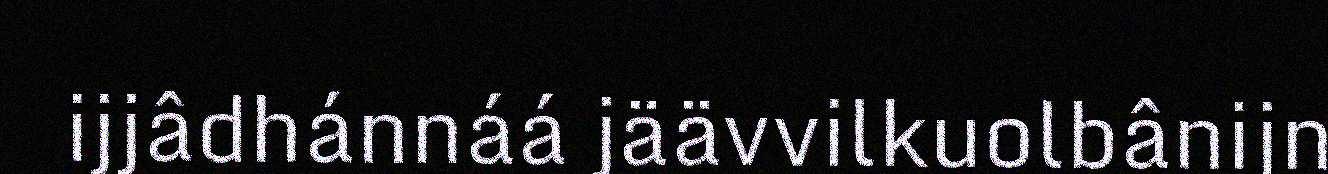
ijjâdhánnáá jäävvilkuolbânijn